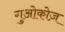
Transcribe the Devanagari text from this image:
गुओकोज़